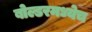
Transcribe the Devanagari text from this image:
बोल्डरमध्येच